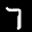
Label: 7